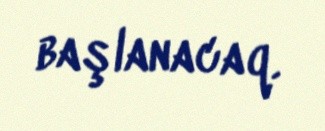
başlanacaq.